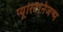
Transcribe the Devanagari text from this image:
प्यूरिटैनिजन्म